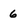
Character: 6